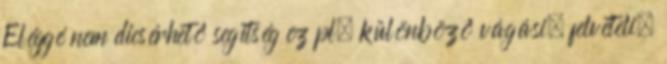
Eléggé nem dicsérhetô segítség ez pl. különbözô vágási, felvételi,